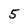
Character: 5